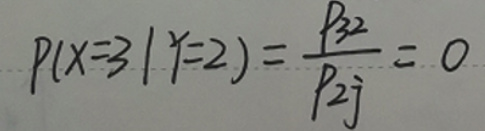
\[ P(X = 3|Y = 2)=\frac{p_{32}}{p_{2j}} = 0 \]